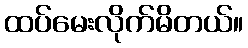
ထပ်မေးလိုက်မိတယ်။